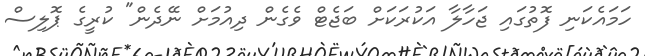
ހަމައެކަނި ފޮތުގައި ޖަހާލާ އަކުރަކަށް ބަޖެޓް ވެގެން ދިއުމަށް ނޭދެން" ކުރީގެ ޕޮލިސް